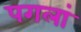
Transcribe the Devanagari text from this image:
पगलां